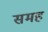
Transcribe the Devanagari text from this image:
समह